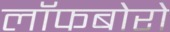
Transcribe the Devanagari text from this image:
लॉफबोरो